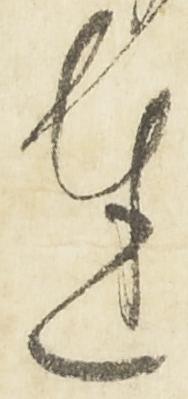
達